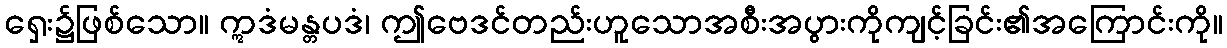
ရှေး၌ဖြစ်သော။ ဣဒံမန္တပဒံ၊ ဤဗေဒင်တည်းဟူသောအစီးအပွားကိုကျင့်ခြင်း၏အကြောင်းကို။